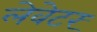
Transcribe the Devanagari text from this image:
लेवेटर